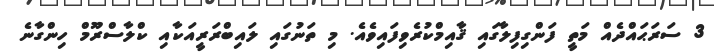
3 ސަރަޙައްދެއް މަތީ ފަންގިފިލާގައި ޤާއިމްކުރެވިފައިވެއެ. މި ތަނުގައި ލައިބްރަރީއަކާއި ކްލާސްރޫމް ހިންގާނެ